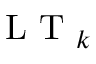
\mathrm { ~ L ~ T ~ } _ { k }